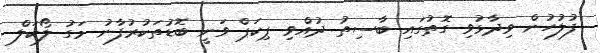
ފުލުހުން ވިދާޅުވި ގޮތުގައި ބާސިތު ދުއްވި ޕިކަޕް ވަނީ ބޮޑުތަކުރުފާނު މަގު ލޯކަލް